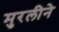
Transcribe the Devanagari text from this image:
मुरलीने